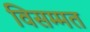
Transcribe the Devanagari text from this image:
विसम्मत